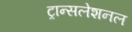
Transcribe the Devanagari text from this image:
ट्रान्सलेशनल